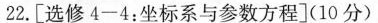
22.[选修4-4：坐标系与参数方程](10分)